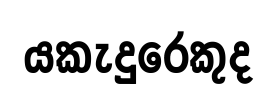
යකැදුරෙකුද